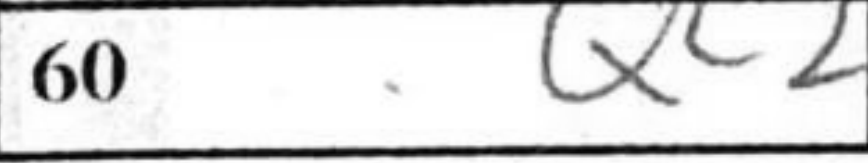
Transcription: Qc2